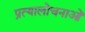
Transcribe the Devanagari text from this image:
प्रत्यालोचनाओं